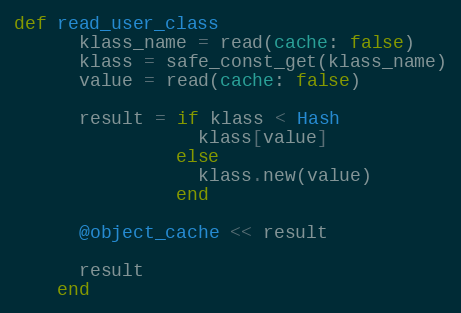
Language: Ruby
def read_user_class
      klass_name = read(cache: false)
      klass = safe_const_get(klass_name)
      value = read(cache: false)

      result = if klass < Hash
                 klass[value]
               else
                 klass.new(value)
               end

      @object_cache << result

      result
    end